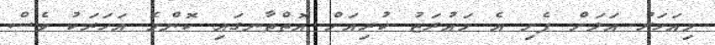
މިއަހަރު އަލަށް ފެށި އެ މައުރަޒު ކުރިއަށް އޮތްތާނގައި ކޮންމެ އަހަރަކު ވެސް